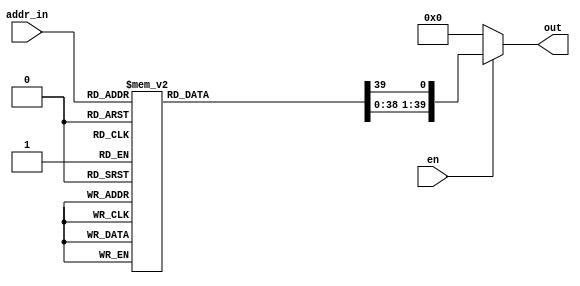
// This program was cloned from: https://github.com/VerticalResearchGroup/miaow
// License: BSD 3-Clause "New" or "Revised" License

module decoder_6b_40b_en(
    addr_in,
    en,
    out);

input[5:0] addr_in; 
wire[5:0] addr_in;

output[39:0] out;
wire[39:0] out;
input en; 
wire en;

reg[39:0] decoded_out;

always@(addr_in)
begin
    decoded_out = 40'd0;
    case (addr_in)
        0: decoded_out[0]=1'b1;
        1: decoded_out[1]=1'b1;
        2: decoded_out[2]=1'b1;
        3: decoded_out[3]=1'b1;
        4: decoded_out[4]=1'b1;
        5: decoded_out[5]=1'b1;
        6: decoded_out[6]=1'b1;
        7: decoded_out[7]=1'b1;
        8: decoded_out[8]=1'b1;
        9: decoded_out[9]=1'b1;
        10: decoded_out[10]=1'b1;
        11: decoded_out[11]=1'b1;
        12: decoded_out[12]=1'b1;
        13: decoded_out[13]=1'b1;
        14: decoded_out[14]=1'b1;
        15: decoded_out[15]=1'b1;
        16: decoded_out[16]=1'b1;
        17: decoded_out[17]=1'b1;
        18: decoded_out[18]=1'b1;
        19: decoded_out[19]=1'b1;
        20: decoded_out[20]=1'b1;
        21: decoded_out[21]=1'b1;
        22: decoded_out[22]=1'b1;
        23: decoded_out[23]=1'b1;
        24: decoded_out[24]=1'b1;
        25: decoded_out[25]=1'b1;
        26: decoded_out[26]=1'b1;
        27: decoded_out[27]=1'b1;
        28: decoded_out[28]=1'b1;
        29: decoded_out[29]=1'b1;
        30: decoded_out[30]=1'b1;
        31: decoded_out[31]=1'b1;
        32: decoded_out[32]=1'b1;
        33: decoded_out[33]=1'b1;
        34: decoded_out[34]=1'b1;
        35: decoded_out[35]=1'b1;
        36: decoded_out[36]=1'b1;
        37: decoded_out[37]=1'b1;
        38: decoded_out[38]=1'b1;
        39: decoded_out[39]=1'b1;
        default: decoded_out = 40'd0;
    endcase
end

assign out = (en)?decoded_out:40'd0;

endmodule